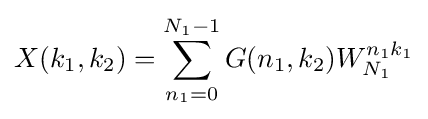
X(k_{1},k_{2})=\sum _{n_{1}=0}^{N_{1}-1}G(n_{1},k_{2})W_{N_{1}}^{n_{1}k_{1}}